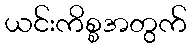
ယင်းကိစ္စအတွက်